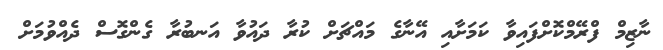
ނާޒިމް ފްރޭމްކޮށްފައިވާ ކަމަށާއި އޭނާގެ މައްޗަށް ކުރާ ދައުވާ އަނބުރާ ގެންގޮސް ދެއްވުމަށް